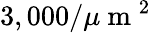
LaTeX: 3,000/\mu\mathrm{~m~}^{2}